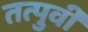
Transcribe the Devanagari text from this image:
तत्पुर्वी